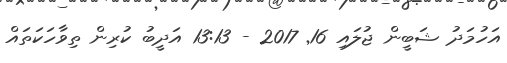
އަހުމަދު ޝަބީން ޖުލައި 16